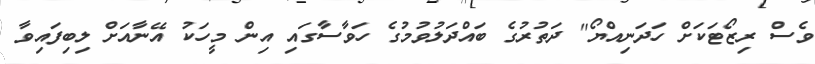
ވެސް ރިޒޯޓަކަށް ހަދަނިއްޔޯ" ދަތުރުގެ ބައްދަލުވުމުގެ ހަވާސާގައި އިން މީހަކު އޭނާއަށް ލިބިފައިވާ